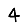
Digit: 4